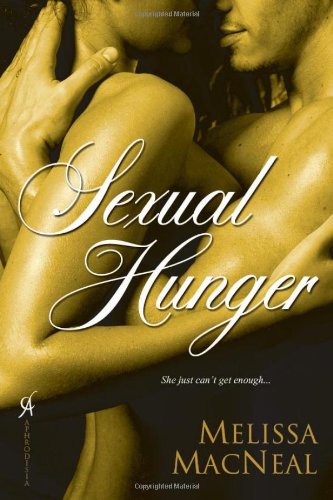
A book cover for Sexual Hunger; Melissa MacNeal; Romance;